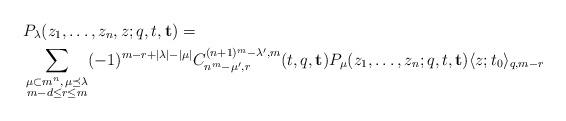
LaTeX: \begin{align*}&P_{\lambda} (z_1,\ldots ,z_n,z;q,t,\mathbf{t}) = \\& \sum_{\substack{\mu\subset m^n,\, \mu\preceq\lambda \\ m-d\leq r\leq m }} (-1)^{m-r+|\lambda|-|\mu|} C^{(n+1)^m-\lambda^\prime,m}_{n^m-\mu^\prime ,r}(t,q,\mathbf{t}) P_{\mu} (z_1,\ldots ,z_n;q,t,\mathbf{t}) \langle z;t_0\rangle_{q,m-r} \end{align*}